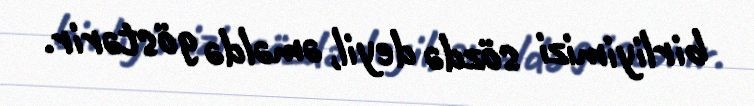
birliyimizi sözdə deyil, əməldə göstərir.